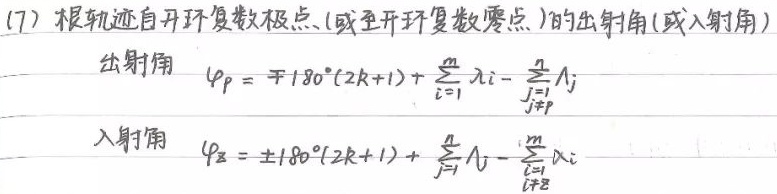
出射角：
\[
\varphi_{p}=\mp180^{\circ}(2k + 1)+\sum_{i = 1}^{m}\lambda_{i}-\sum_{\substack{j = 1\\j\neq p}}^{n}\Lambda_{j}
\]
入射角：
\[
\varphi_{z}=\pm180^{\circ}(2k + 1)+\sum_{j = 1}^{n}\Lambda_{j}-\sum_{\substack{i = 1\\i\neq z}}^{m}\lambda_{i}
\]